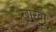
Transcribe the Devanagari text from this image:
खारवा